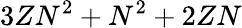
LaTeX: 3ZN^{2}+N^{2}+2ZN